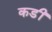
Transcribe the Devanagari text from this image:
कडीं